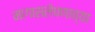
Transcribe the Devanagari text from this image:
मागासलेपणाच्या